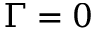
\Gamma = 0